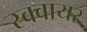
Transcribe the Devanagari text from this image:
स्‍क्‍वायर